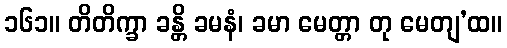
၁၆၁။ တိတိက္ခာ ခန္တိ ခမနံ၊ ခမာ မေတ္တာ တု မေတျ’ထ။